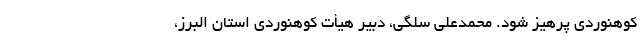
کوهنوردی پرهیز شود. محمدعلی سلگی، دبیر هیأت کوهنوردی استان البرز،